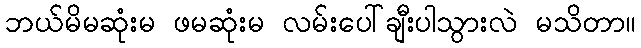
ဘယ်မိမဆုံးမ ဖမဆုံးမ လမ်းပေါ်ချီးပါသွားလဲ မသိတာ။